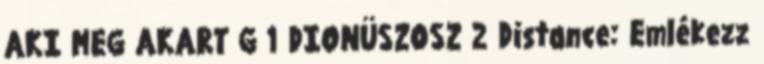
AKI MEG AKART G 1 DIONÜSZOSZ 2 Distance: Emlékezz